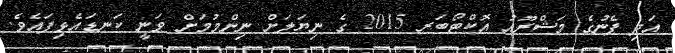
އަދި ފެނުގެ މަޝްރޫއު އޮކްޓޯބަރ 2015 ގެ ނިޔަލަށް ނިންމުމަށް ވަނީ ކަނޑައެޅިފައެވެ.